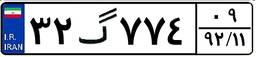
۰۷گ۸۹۸۴۰